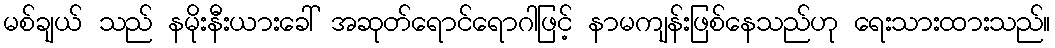
မစ်ချယ် သည် နမိုးနီးယားခေါ် အဆုတ်ရောင်ရောဂါဖြင့် နာမကျန်းဖြစ်နေသည်ဟု ရေးသားထားသည်။